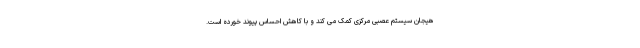
هیجان سیستم عصبی مرکزی کمک می کند و با کاهش احساس پیوند خورده است.